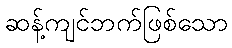
ဆန့်ကျင်ဘက်ဖြစ်သော